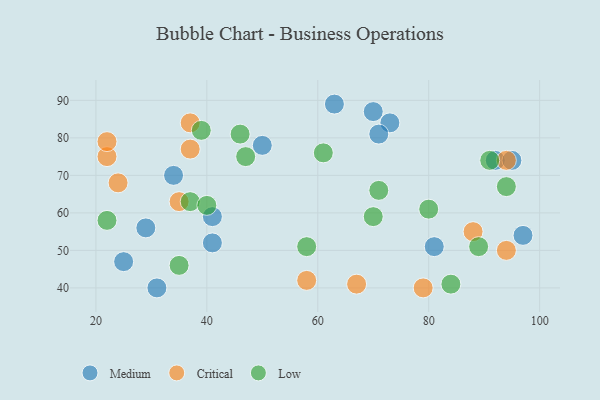
{"axis": {"x": "GDP", "y": "Life Expectancy"}, "legend": ["Critical", "Low", "Medium"], "data": [{"x": "70", "y": 87, "type": "Medium"}, {"x": "29", "y": 56, "type": "Medium"}, {"x": "34", "y": 70, "type": "Medium"}, {"x": "41", "y": 52, "type": "Medium"}, {"x": "25", "y": 47, "type": "Medium"}, {"x": "73", "y": 84, "type": "Medium"}, {"x": "97", "y": 54, "type": "Medium"}, {"x": "50", "y": 78, "type": "Medium"}, {"x": "71", "y": 81, "type": "Medium"}, {"x": "92", "y": 74, "type": "Medium"}, {"x": "63", "y": 89, "type": "Medium"}, {"x": "81", "y": 51, "type": "Medium"}, {"x": "31", "y": 40, "type": "Medium"}, {"x": "95", "y": 74, "type": "Medium"}, {"x": "41", "y": 59, "type": "Medium"}, {"x": "67", "y": 41, "type": "Critical"}, {"x": "24", "y": 68, "type": "Critical"}, {"x": "37", "y": 84, "type": "Critical"}, {"x": "58", "y": 42, "type": "Critical"}, {"x": "22", "y": 75, "type": "Critical"}, {"x": "94", "y": 50, "type": "Critical"}, {"x": "88", "y": 55, "type": "Critical"}, {"x": "22", "y": 79, "type": "Critical"}, {"x": "35", "y": 63, "type": "Critical"}, {"x": "37", "y": 77, "type": "Critical"}, {"x": "79", "y": 40, "type": "Critical"}, {"x": "94", "y": 74, "type": "Critical"}, {"x": "94", "y": 67, "type": "Low"}, {"x": "37", "y": 63, "type": "Low"}, {"x": "61", "y": 76, "type": "Low"}, {"x": "46", "y": 81, "type": "Low"}, {"x": "58", "y": 51, "type": "Low"}, {"x": "89", "y": 51, "type": "Low"}, {"x": "35", "y": 46, "type": "Low"}, {"x": "84", "y": 41, "type": "Low"}, {"x": "40", "y": 62, "type": "Low"}, {"x": "70", "y": 59, "type": "Low"}, {"x": "47", "y": 75, "type": "Low"}, {"x": "39", "y": 82, "type": "Low"}, {"x": "80", "y": 61, "type": "Low"}, {"x": "22", "y": 58, "type": "Low"}, {"x": "71", "y": 66, "type": "Low"}, {"x": "91", "y": 74, "type": "Low"}]}